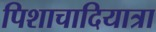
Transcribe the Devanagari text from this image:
पिशाचादियात्रा